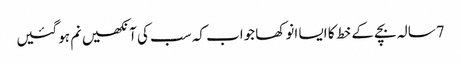
7سالہ بچے کے خط کا ایسا انوکھا جواب کہ سب کی آنکھیں نم ہوگئیں